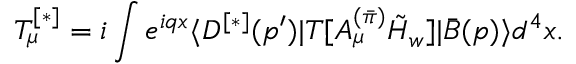
T _ { \mu } ^ { [ * ] } = i \int e ^ { i q x } { \langle { D ^ { [ * ] } ( p ^ { \prime } ) | T [ A _ { \mu } ^ { ( \bar { \pi } ) } \tilde { H } _ { w } ] | \bar { B } ( p ) } \rangle } d ^ { 4 } x .